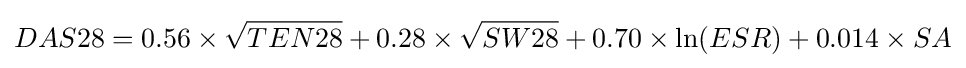
DAS28=0.56\times {\sqrt {TEN28}}+0.28\times {\sqrt {SW28}}+0.70\times \ln(ESR)+0.014\times SA